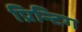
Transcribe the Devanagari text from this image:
प्रिन्टिग